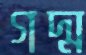
গদ্ম